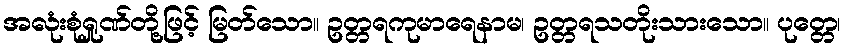
အလုံးစုံရှုဏ်တို့ဖြင့် မြတ်သော။ ဥတ္တရကုမာရေနာမ၊ ဥတ္တရသတိုးသားသော။ ပုတ္တေ၊